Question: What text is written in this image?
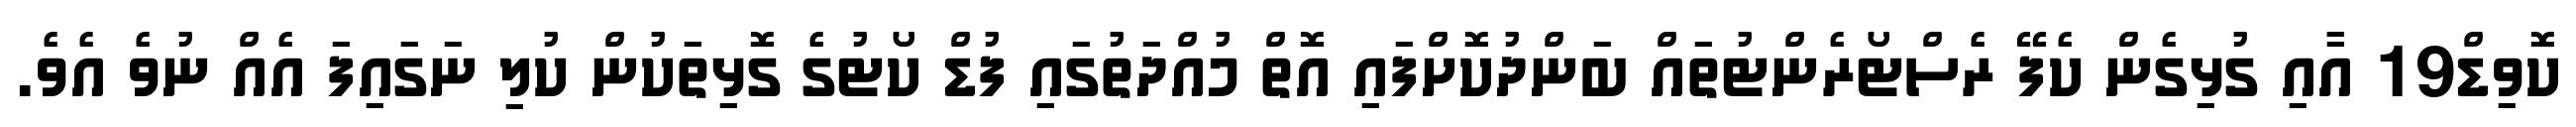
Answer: ކޮވިޑް19 އާއި ގުޅިގެން ކެފޭ ރެސްޓޯރެންޓުތައް ބަންދުކޮށްފައި އޮތް މުއްދަތުގައި ފުޑް ކޯޓުގެ ގޮޅިތަކުން ކުލި ނަގައިފަ އެއް ނުވެ އެވެ.